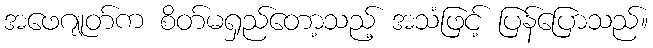
အဖေဂျုတ်က စိတ်မရှည်တော့သည့် အသံဖြင့် ပြန်ပြောသည်။